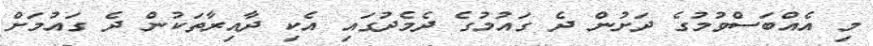
މި އެއްބަސްވުމުގެ ދަށުން ދެ ގައުމުގެ ދެމެދުގައި އެކި ދާއިރާތަކުން ދެ ގައުމަށް